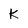
Character: K